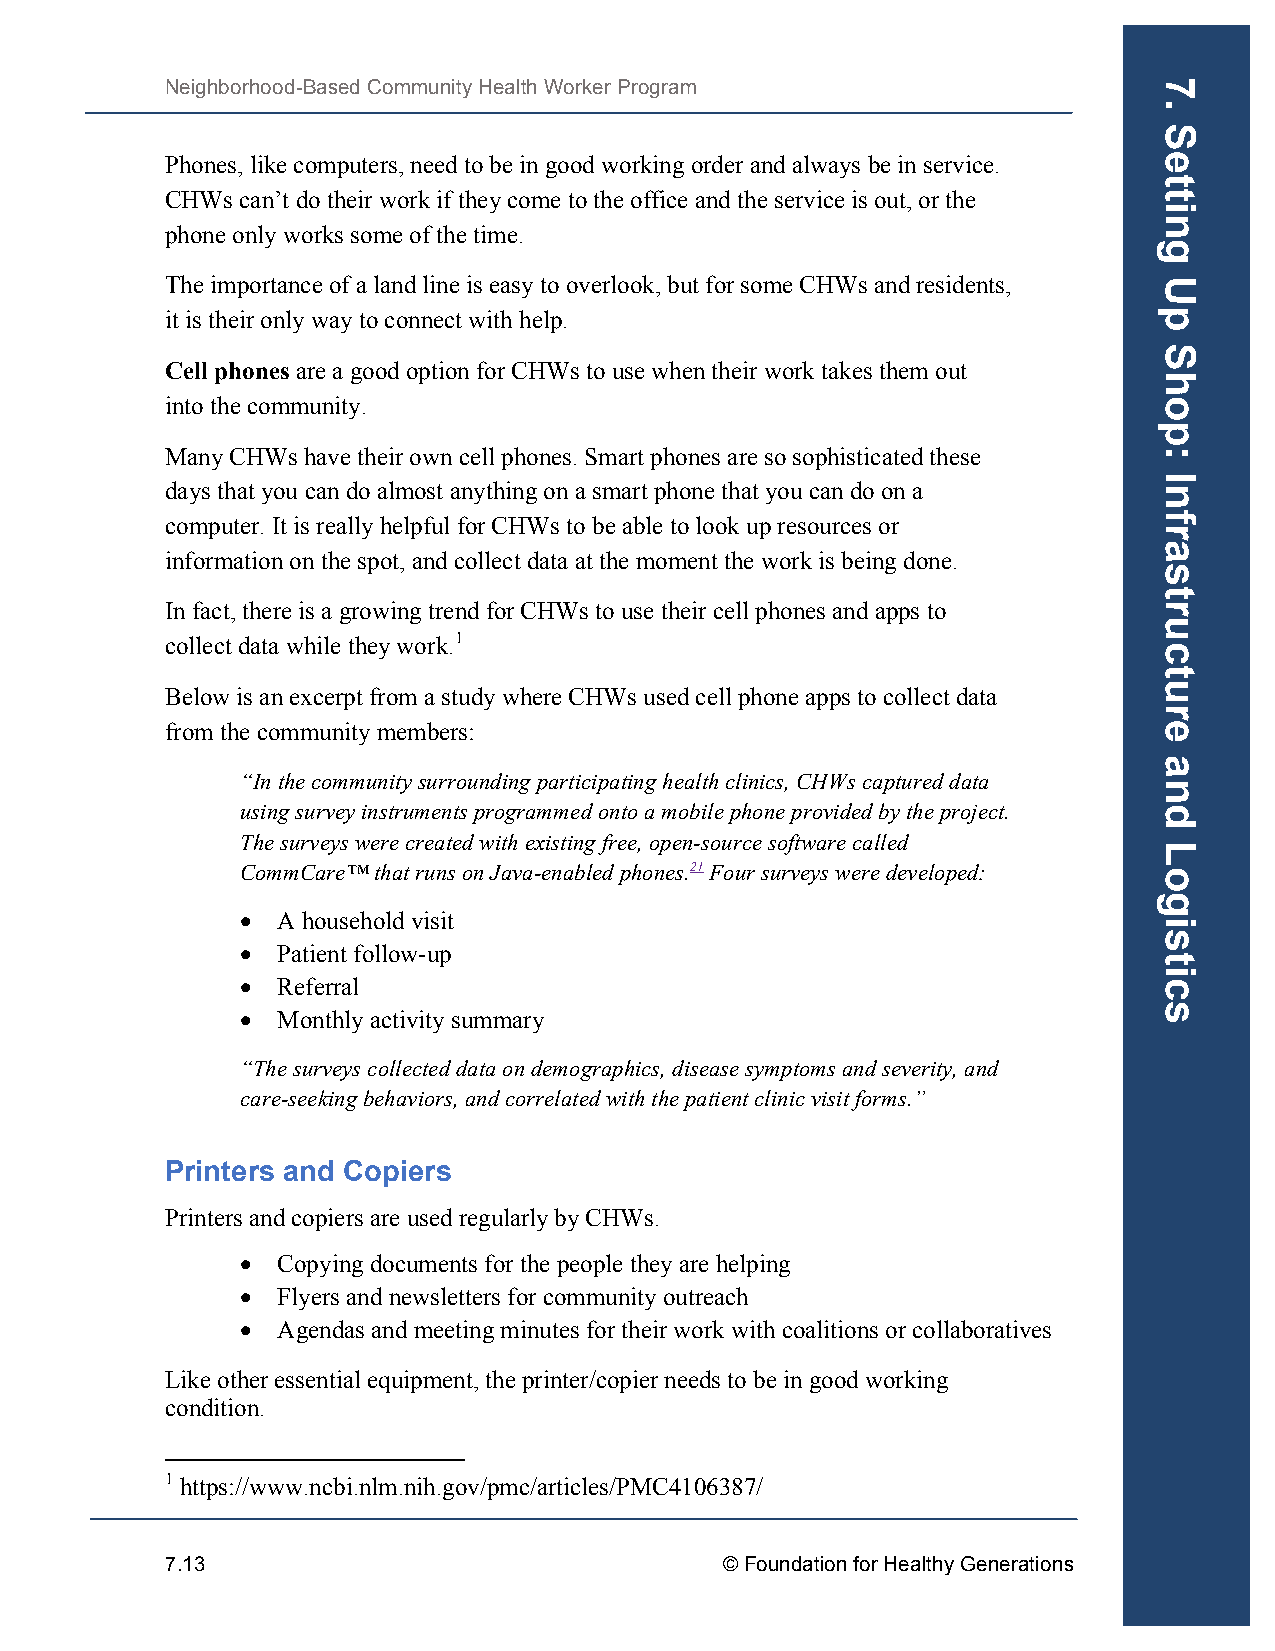
Neighborhood-Based Community Health Worker Program
 Phones, like computers, need to be in good working order and always be in service.
 CHWs can’t do their work if they come to the office and the service is out, or the
 phone only works some of the time.
 The importance of a land line is easy to overlook, but for some CHWs and residents,
 it is their only way to connect with help.
 Cell phones are a good option for CHWs to use when their work takes them out
 into the community.
 Many CHWs have their own cell phones. Smart phones are so sophisticated these
 days that you can do almost anything on a smart phone that you can do on a
 computer. It is really helpful for CHWs to be able to look up resources or
 information on the spot, and collect data at the moment the work is being done.
 In fact, there is a growing trend for CHWs to use their cell phones and apps to
 collect data while they work.1
 Below is an excerpt from a study where CHWs used cell phone apps to collect data
 from the community members:
 “In the community surrounding participating health clinics, CHWs captured data
 using survey instruments programmed onto a mobile phone provided by the project.
 The surveys were created with existing free, open-source software called
 CommCare™ that runs on Java-enabled phones.21 Four surveys were developed:
 • A household visit
 • Patient follow-up
 • Referral
 • Monthly activity summary
 “The surveys collected data on demographics, disease symptoms and severity, and
 care-seeking behaviors, and correlated with the patient clinic visit forms.”
 Printers and Copiers
 Printers and copiers are used regularly by CHWs.
 • Copying documents for the people they are helping
 • Flyers and newsletters for community outreach
 • Agendas and meeting minutes for their work with coalitions or collaboratives
 Like other essential equipment, the printer/copier needs to be in good working
 condition.
 1 https://www.ncbi.nlm.nih.gov/pmc/articles/PMC4106387/
 7.13                                 © Foundation for Healthy Generations
 7.
 Setting
 Up
 Shop:
 Infrastructure
 and
 Logistics